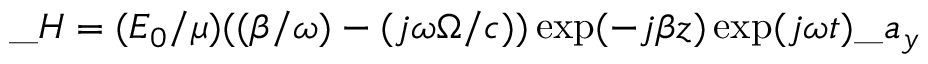
\_ H = ( E _ { 0 } / \mu ) ( ( \beta / \omega ) - ( j \omega \Omega / c ) ) \exp ( - j \beta z ) \exp ( j \omega t ) \_ a _ { y }